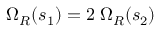
\; \Omega _ { R } ( s _ { 1 } ) = 2 \; \Omega _ { R } ( s _ { 2 } )